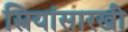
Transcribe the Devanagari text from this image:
स्त्रियांसारखी